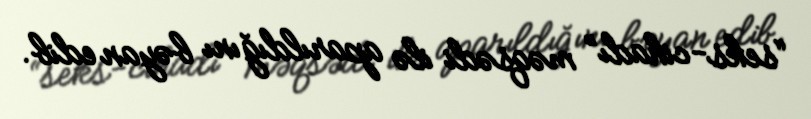
“seks-cihadı” məqsədi ilə aparıldığını bəyan edib.